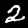
Label: 2